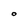
Character: O